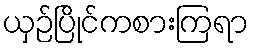
ယှဉ်ပြိုင်ကစားကြရာ